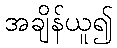
အချိန်ယူ၍